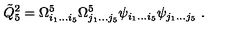
{ \tilde { Q } } _ { 5 } ^ { 2 } = \Omega _ { i _ { 1 } \dots i _ { 5 } } ^ { 5 } \Omega _ { j _ { 1 } \dots j _ { 5 } } ^ { 5 } \psi _ { i _ { 1 } \dots i _ { 5 } } \psi _ { j _ { 1 } \dots j _ { 5 } } \ .